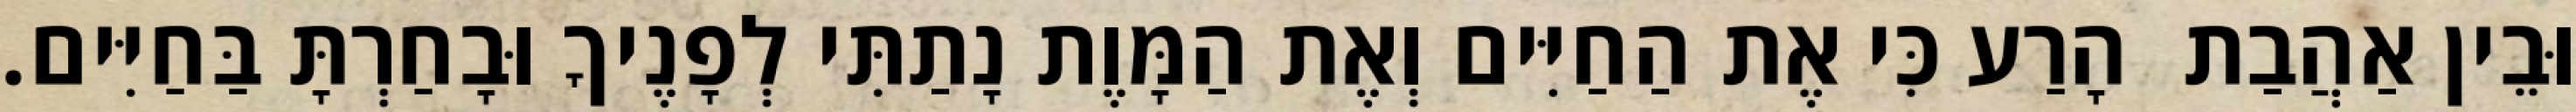
וּבֵין אַהֲבַת  הָרַע כִּי אֶת הַחַיִּים וְאֶת הַמָּוֶת נָתַתִּי לְפָנֶיךָ וּבָחַרְתָּ בַּחַיִּים.